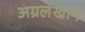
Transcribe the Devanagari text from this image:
अग्रलेखान